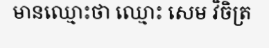
មានឈ្មោះថា ឈ្មោះ សេម វិចិត្រ